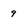
Character: 9